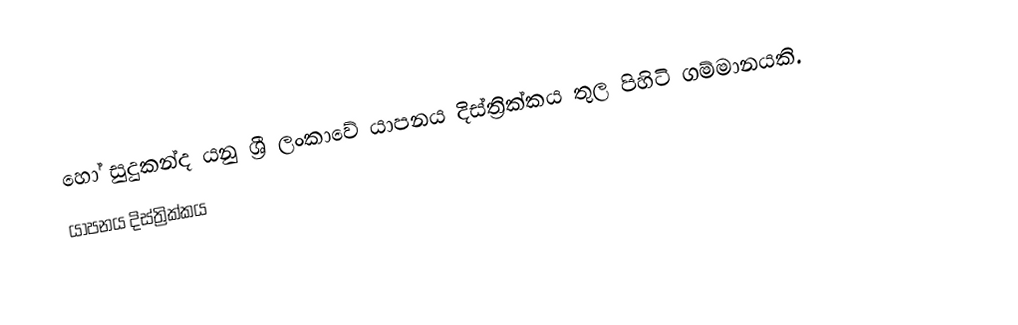
හෝ සුදුකන්ද යනු ශ්‍රී ලංකාවේ යාපනය දිස්ත්‍රික්කය තුල පිහිටි ගම්මානයකි.
යාපනය දිස්ත්‍රික්කය